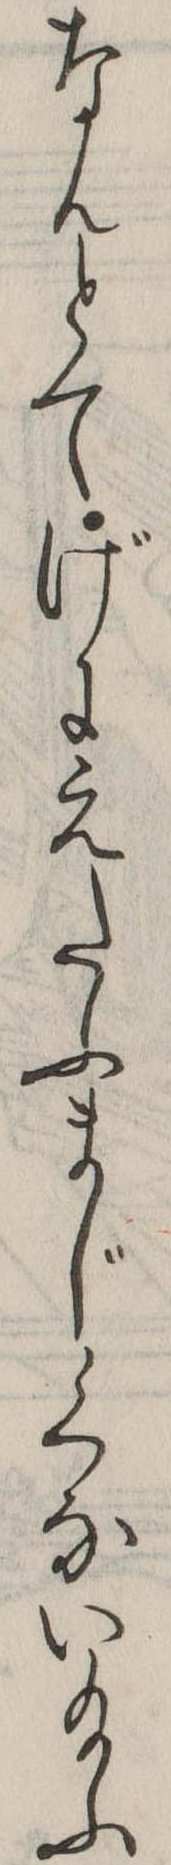
なんとてげにえたふまじくない給ふ